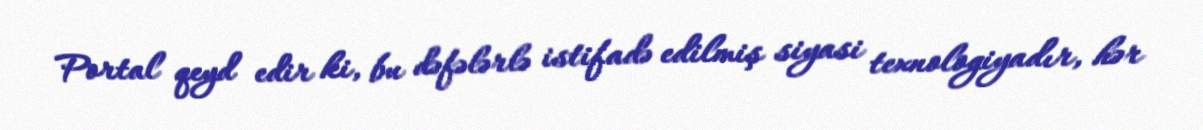
Portal qeyd edir ki, bu dəfələrlə istifadə edilmiş siyasi texnologiyadır, hər